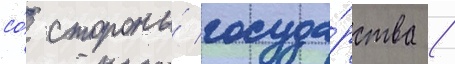
со́ стороны́ госуда́рства /